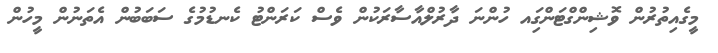
މީގެއިތުރުން ވޮޝިންގްޓަންގަިއ ހުންނަ ދާރުލްއާސާރަކުން ވެސް ކަރަންޓު ކެނޑުމުގެ ސަބަބުން އެތަނުން މީހުން